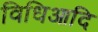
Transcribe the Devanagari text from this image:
विधिआदि